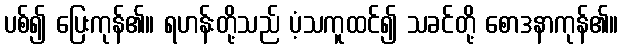
ပစ်၍ ပြေးကုန်၏။ ရဟန်းတို့သည် ပံ့သကူထင်၍ သခင်တို့ စောဒနာကုန်၏။